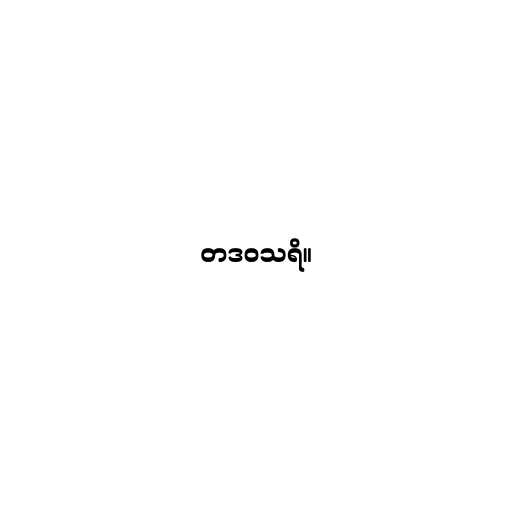
တဒဝသရိ။